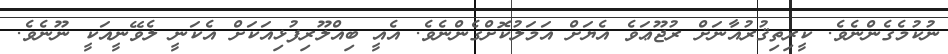
ނުކުމެގެންނެވެ. ކީރިތިޤުރުއާނަށް ރުޖޫޢަވެ އެޔަށް އަމަލުކޮށްގެންނެވެ. އެއީ ބިއްލޫރިފުޅިއަކަށް އެކަނީ ލެވޭނީއަކީ ނޫނެވެ.